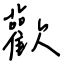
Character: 歡